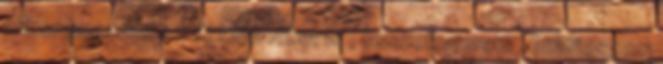
akkor hozzáadom tészta rizst is , összekeverem . beleteszem